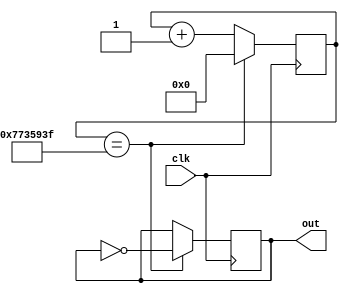
module clock_divider(
    input clk,
    output wire out
);

reg [26:0] count = 0;   // Counter to count the number of clock cycles 
reg toggle = 0;         // Toggle signal to generate the output

// Dividing the clock frequency by 125 million to generate a 1 Hz output signal
always @(posedge clk) begin
    count <= count + 1;     // Increment the counter by 1 for every clock cycle
    if (count == 124999999) begin        // Compare the counter with a threshold value
        count <= 0;         // Reset the counter when the threshold is reached
        toggle <= ~toggle;  // Toggle the output signal
    end
end

assign out = toggle;    // Assign the toggle signal to the output

endmodule